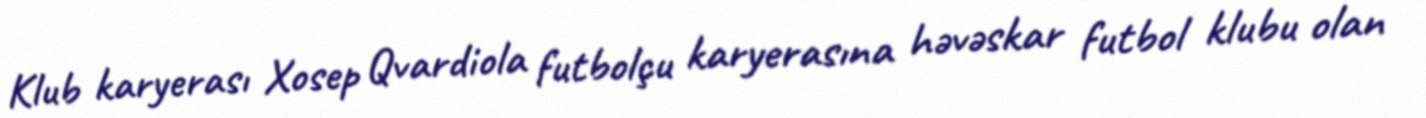
Klub karyerası Xosep Qvardiola futbolçu karyerasına həvəskar futbol klubu olan